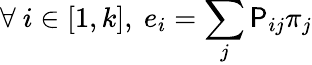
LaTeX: \forall~i\in[1,k],~e_{i}=\sum_{j}\mathsf{P}_{ij}\pi_{j}